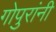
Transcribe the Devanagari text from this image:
गोपुरांनी